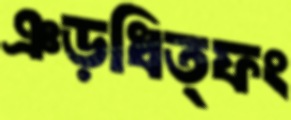
ঞড়ধিত্ফং